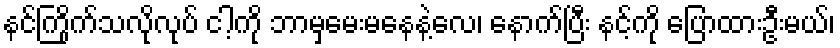
နင်ကြိုက်သလိုလုပ် ငါ့ကို ဘာမှမေးမနေနဲ့လေ၊ နောက်ပြီး နင့်ကို ပြောထားဦးမယ်၊